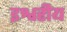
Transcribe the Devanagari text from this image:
इश्वरीय